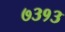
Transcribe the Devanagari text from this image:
७३१३